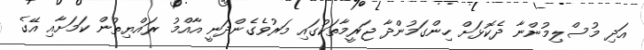
އަދި މުސްލިމުންނާ ދެކޮޅަށް ހިންގަމުންދާ ޖަރީމާތަކުގައި މަރުވެގެންދަނީ އާއްމު ރައްޔިތުން ކަމަށާއި އޭގެ